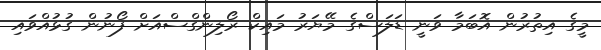
މީގެ އިތުރުން އޮބަމާ ވަނީ ޑަލަސްގެ މޭޔަރު މައިކް ރޯލިންގްސްއަށް ފޯނުން ގުޅުއްވައި